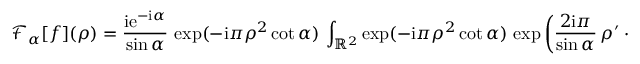
{ \mathcal F } _ { \alpha } [ f ] ( \boldsymbol \rho ) = { \frac { \mathrm { i } \mathrm { e } ^ { - \mathrm { i } \alpha } } { \sin \alpha } } \, \exp ( - \mathrm { i } \pi \rho ^ { 2 } \cot \alpha ) \, \int _ { { \mathbb R } ^ { 2 } } \exp ( - \mathrm { i } \pi \rho ^ { 2 } \cot \alpha ) \, \exp \left( { \frac { 2 \mathrm { i } \pi } { \sin \alpha } } \, \boldsymbol \rho ^ { \prime } \boldsymbol \cdot \boldsymbol \rho \right) \, f ( \boldsymbol \rho ) \, \mathrm { d } \boldsymbol \rho \, .